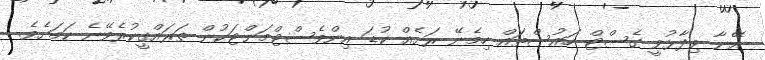
އޭނާ ވިދާޅުވީ ގެސްޓް ހައުސްތައް ހިމެނޭ ރަށެއް ކުޑަ އިންވެސްޓްމަންޓަކުން ތަރައްގީކުރެވޭނެ ކަމަށެވެ.